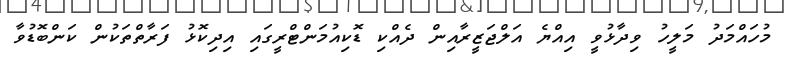
މުހައްމަދު މަލީހު ވިދާޅުވީ އިއްޔެ އަލްޖަޒީރާއިން ދެއްކި ޑޮކިއުމަންޓްރީގައި އިދިކޮޅު ފަރާތްތަކުން ކަންބޮޑުވާ